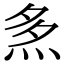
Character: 𤈕